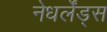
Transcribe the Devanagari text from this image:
नेधर्लेंड्स